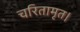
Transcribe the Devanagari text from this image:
चरितामृत।